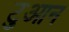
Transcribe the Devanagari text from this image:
टुआन